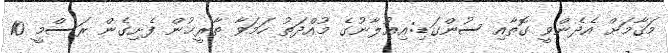
މަޤާމަށް އެދެންވީ ގޮތާއި ސުންގަޑި:އިޢުލާނުގެ މުއްދަތު ހަމަވާ ތާރީޚުން ފެށިގެން ރަސްމީ 10